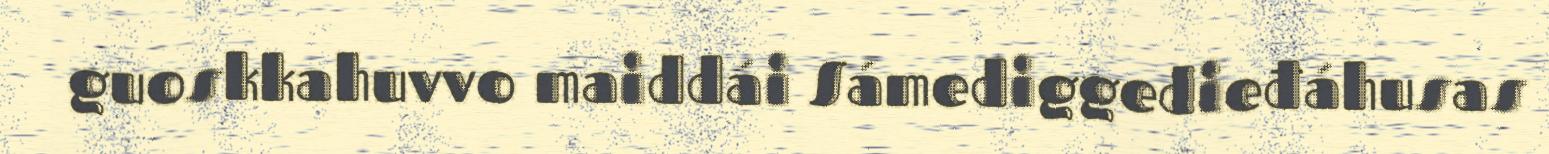
guoskkahuvvo maiddái Sámediggedieđáhusas